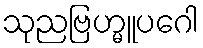
သုညဗြဟ္မူပဂေါ